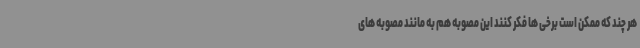
هر چند که ممکن است برخی ها فکر کنند این مصوبه هم به مانند مصوبه های